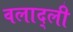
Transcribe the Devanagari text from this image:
वलाद्ली